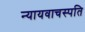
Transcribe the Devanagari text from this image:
न्यायवाचस्पति